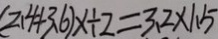
( 2 . 4 + 3 . 6 ) x \div 2 = 3 . 2 \times 1 . 5